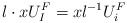
\begin{align*}l\cdot xU_I^F = xl^{-1}U_i^F\end{align*}